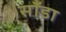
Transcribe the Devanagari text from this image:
साँडा